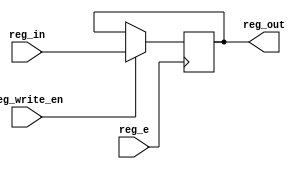
module szcv_register(reg_e, reg_write_en, reg_in, reg_out);
	input           reg_e;
    input           reg_write_en;
	input	    [3:0] reg_in;
	output	reg [3:0] reg_out;
	
	always @(posedge reg_e) begin
		if(reg_write_en) begin 
            reg_out <= reg_in;
            end
	end
endmodule